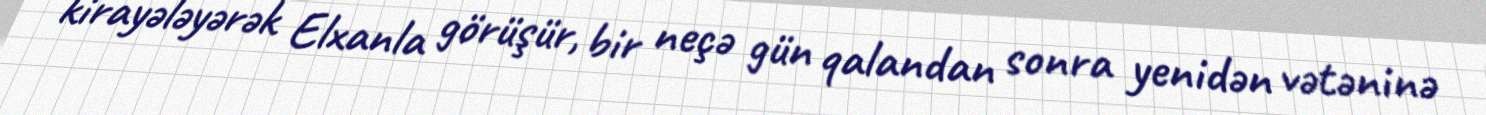
kirayələyərək Elxanla görüşür, bir neçə gün qalandan sonra yenidən vətəninə